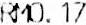
RM0.17